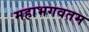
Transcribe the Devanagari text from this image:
महाभगवतम